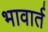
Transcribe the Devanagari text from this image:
भावार्त